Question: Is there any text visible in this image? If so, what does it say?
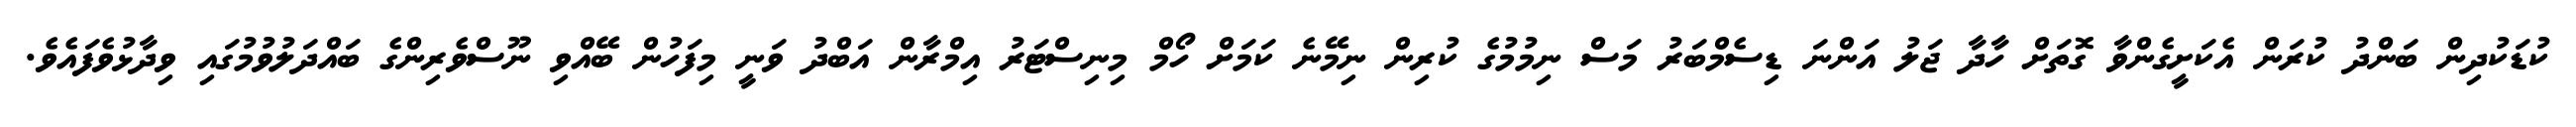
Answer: ކުޑަކުދިން ބަންދު ކުރަން އެކަށީގެންވާ ގޮތަށް ހާދާ ޖަލު އަންނަ ޑިސެމްބަރު މަސް ނިމުމުގެ ކުރިން ނިމޭނެ ކަމަށް ހޯމް މިނިސްޓަރު އިމްރާން އަބްދު ވަނީ މިފަހުން ބޭއްވި ނޫސްވެރިންގެ ބައްދަލުވުމުގައި ވިދާޅުވެފައެވެ.